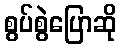
စွပ်စွဲပြောဆို